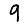
Digit: 9